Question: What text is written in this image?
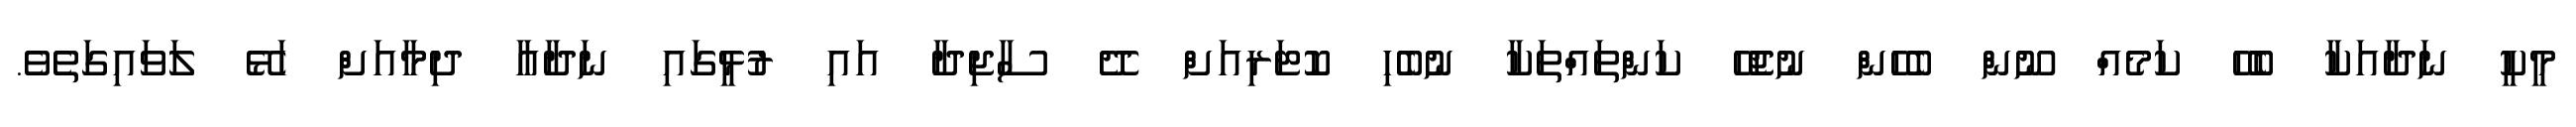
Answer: މީކީ ނަދާއަކާ ބެހޭ ކަމެއް ނޫން ބެހެން ނުޖެހޭ ކަންތައްތަކާ ނުބެހި ކޮޓަރިއަށް ދޭ ސާޖިދާ އައި ރުޅީގައި ނަދާއާ ދިމާއަށް ހަޅޭ ލަވައިގަތެވެ.